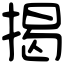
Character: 揭